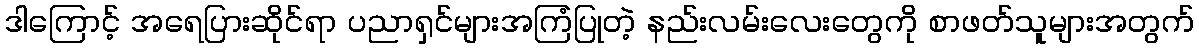
ဒါကြောင့် အရေပြားဆိုင်ရာ ပညာရှင်များအကြံပြုတဲ့ နည်းလမ်းလေးတွေကို စာဖတ်သူများအတွက်